Vaccination in Bombay 1869-1873 - 1869-1873
Year: 1869
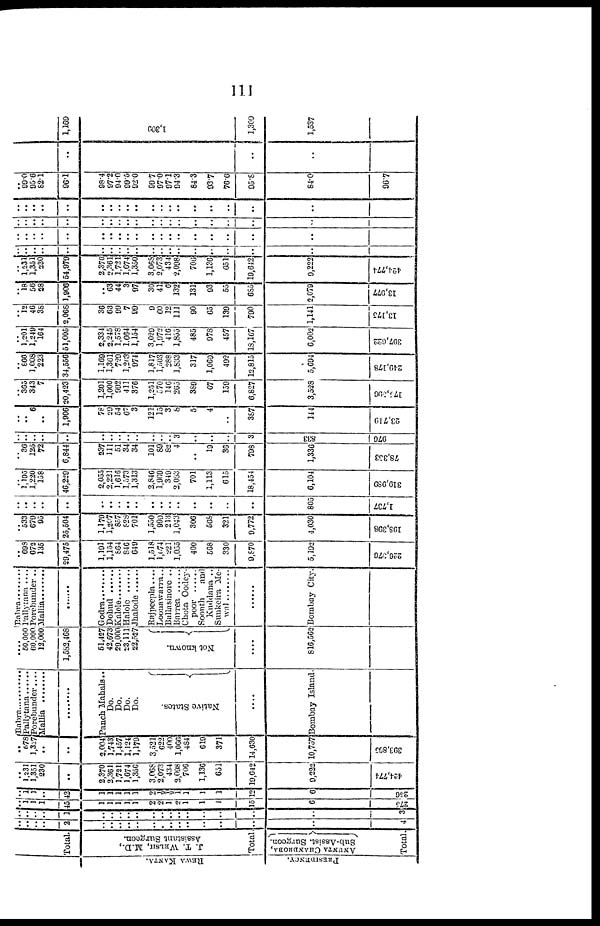
111
REWA KANTA.
PRESIDENCY.
Total.
J. T. WELSH, M.D.,
Assistant Surgeon.
Total .
ANUNTA CHANDROBA
Sub-Assist.
Surgeon.
Total.
..
..
..
..
2
..
..
..
..
..
..
..
..
..
..
..
..
..
..
4
..
..
..
..
1
..
..
..
..
..
..
..
..
..
..
..
..
..
..
3
..
1
1
1
45
1
1
1
1
1
2
2
1
2 1
1
1
15
6
275
..
1
1
..
42
1
1
1
1
1
2
½
½
1
1
1
1
12
6
256
..
1,231
1,351
230
..
2,370
3,361
1,721
1,674
1,350
3,068
2,073
434
2,098
706
1,136
651
19,642
9,222
424,774
..
678 l,327
..
..
2,004
1,743
1,457
1,124
1,179
3,521
622
400
1,066
484
610
371
14,630
10,757
393,865
Babra
Pallytana ......
Porebunder....
Mallia ........
..........
Panch Mahals..
Do.
Do.
Do.
Do.
Native States.
....
Bombay Island.
....
50,000
60,000
12,000
1,582,468
51,427
42,673
29,000
23,111
22,527
Not known.
....
816,562
Babra
Pallytana ....
Porebunder ..
Mallia........
........
Godra ....
Dohud
Kalole ......
Halole ......
Jhalode ......
Rajpeepla....
Loonawarra..
Ballasinore ..
Barrea
Chota Oodey¬
Poor ........
Soonth
and
Kuddana ..
Sunkeira Me¬
wal ........
......
Bombay City.
..
698
672
135
29,475
1,191
1,154
864
846
649
1,518
1,074
221
1,055
400
568
330
9,870
5,192
226,376
..
533
679
95
25,504
1,179
1,207
857
828
701
1,550
990
213
1,043
306
568
321
9,772
4,030
198,308
..
..
..
..
..
..
..
..
..
..
..
..
..
..
..
..
..
..
805
1,737
..
1,195
1,220
158
46,229
2,055
2,221
1,616
1,573
1,313
2,846
1,969
349
2,083
701
1,113
615
18,454
6,104
310,989
..
36
125
72
6,844
237
111
51
34
34
101
89
82
4
..
19
36
798
1,336
78,353
..
..
..
..
..
..
..
..
..
..
..
..
.. 3
..
..
..
3
833
976
..
.. 6
..
1,906
78
29
54
67
3
121
15
3
8
5
4
..
387
144
23,719
..
365
343
7
20,423
1,201
1,000
992
411
376
1,251
570
146
265
389
67
159
6,827
3,528
175,596
..
866
1,008
223
34,556
1,169
1,361
729
1,263
974
1,817
1,503
288
1,833
317
1,069
492
12,815
5,694
249,178
..
1,201
1,249
164
51,005
2,334
2,245
1,578
1,664
1,154
3,029
1,972
416
1,855
485
978
457
18,167
6,002
307,622
..
12
46
38
2,068
36
63
99
7
99
9
60
12
111
90
65
139
790
1,141
13,175
..
18
56
28
1,906
..
63
44
3
97
30
41
6
132
131
93
55
685
2,079
13,077
..
1,231
1,351
230
54,979
2,370
2,361
1,721
1,674
1,350
3,068
2,073
434
2,098
706
1,136
651
19,642
9,222
424,774
..
..
..
..
..
..
..
.. ..
..
..
..
..
..
..
..
..
..
..
..
..
..
..
..
..
..
..
..
..
..
..
..
..
..
..
..
..
..
..
..
..
..
..
..
..
..
..
..
..
..
..
..
..
..
..
..
..
..
..
..
..
..
..
..
..
..
..
..
..
..
..
..
..
..
..
..
..
..
..
..
..
99.0
95.6
82.1
96.1
98.4
97.2
94.0
99.5
92.0
99.7
97.0
97.1
94.3
84.3
93.7
76.6
95.8
84.0
96.7
..
..
..
1,169
1,309
1,309
1,537